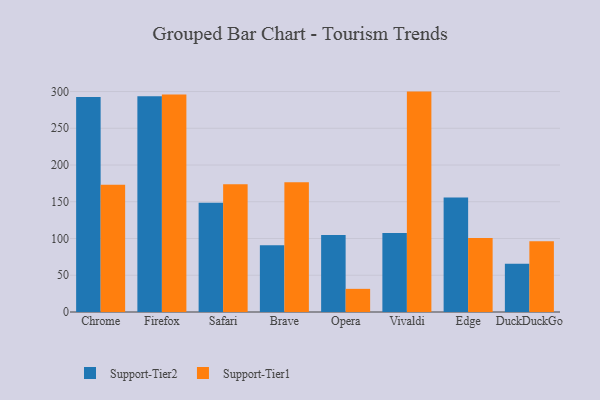
{"axis": {"x": "Browser", "y": "Tickets Resolved"}, "legend": ["Support-Tier1", "Support-Tier2"], "data": [{"x": "Chrome", "y": 292.6, "type": "Support-Tier2"}, {"x": "Chrome", "y": 173.2, "type": "Support-Tier1"}, {"x": "Firefox", "y": 293.7, "type": "Support-Tier2"}, {"x": "Firefox", "y": 296.0, "type": "Support-Tier1"}, {"x": "Safari", "y": 148.8, "type": "Support-Tier2"}, {"x": "Safari", "y": 173.7, "type": "Support-Tier1"}, {"x": "Brave", "y": 90.8, "type": "Support-Tier2"}, {"x": "Brave", "y": 176.5, "type": "Support-Tier1"}, {"x": "Opera", "y": 104.7, "type": "Support-Tier2"}, {"x": "Opera", "y": 31.5, "type": "Support-Tier1"}, {"x": "Vivaldi", "y": 107.6, "type": "Support-Tier2"}, {"x": "Vivaldi", "y": 299.9, "type": "Support-Tier1"}, {"x": "Edge", "y": 155.9, "type": "Support-Tier2"}, {"x": "Edge", "y": 100.7, "type": "Support-Tier1"}, {"x": "DuckDuckGo", "y": 65.8, "type": "Support-Tier2"}, {"x": "DuckDuckGo", "y": 96.2, "type": "Support-Tier1"}]}